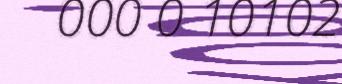
000 0 10102